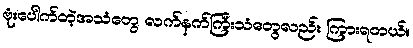
ဗုံးပေါက်တဲ့အသံတွေ လက်နက်ကြီးသံတွေလည်း ကြားရတယ်။